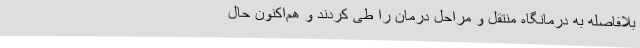
بلافاصله به درمانگاه منتقل و مراحل درمان را طی کردند و هم‌اکنون حال